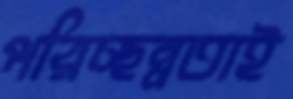
পরিচ্ছন্নতাই